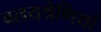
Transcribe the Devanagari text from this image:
वलयश्रेणियाँ